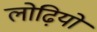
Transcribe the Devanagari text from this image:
लोढ़ियों